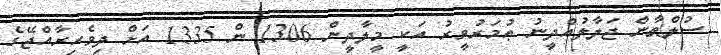
ސުލްޠާން ޖަލާލުއްދީނު ޢުމަރުވީރު އަކީ މީލާދީން 1306 ން 1335 އަށް ދިވެހިރާއްޖޭގެ